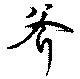
斧